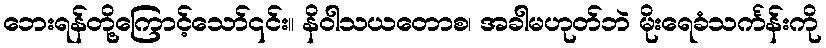
ဘေးရန်တို့ကြောင့်သော်၎င်း။ နိဝါသယတောစ၊ အခါမဟုတ်ဘဲ မိုးရေခံသင်္ကန်းကို